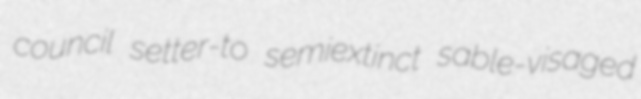
council setter-to semiextinct sable-visaged